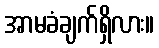
အာမခံချက်ရှိလား။